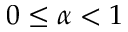
0 \leq \alpha < 1